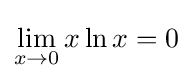
\lim _{x\to 0}x\ln x=0